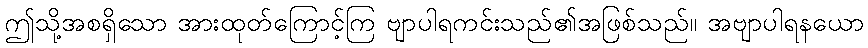
ဤသို့အစရှိသော အားထုတ်ကြောင့်ကြ ဗျာပါရကင်းသည်၏အဖြစ်သည်။ အဗျာပါရနယော